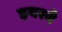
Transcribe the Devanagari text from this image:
इयरने